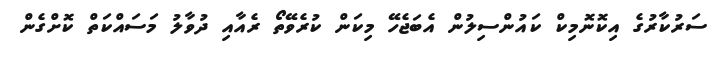
ސަރުކާރުގެ އިކޮނޮމިކް ކައުންސިލުން އެބަޖެހޭ މިކަން ކުރެވޭތޯ ރެއާއި ދުވާލު މަސައްކަތް ކޮށްގެން